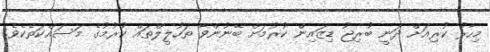
މިހާރު ކުރިއަށް ދަނީ ބުރިޖު ޑިޒައިން ކުރުމަށް ބޭނުންވާ ތަހުލީލްތައް ކުރުމުގެ މަސައްކަތެކެވެ.